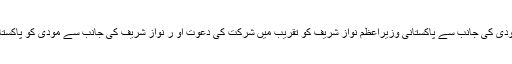
جین ساکی نے کہا کہ امریکا نریندر مودی کی جانب سے پاکستانی وزیراعظم نواز شریف کو تقریب میں شرکت کی دعوت او ر نواز شریف کی جانب سے مودی کو پاکستان آنے کی دعوت کا خیرمقدم کرتا ہے۔